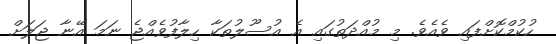
ހުކުމްކޮށްފައި ވެއެވެ. މި މުއްދަތުގައި އެ އުސޫލުތަކާ ހިލާފުވެއްޖެ ނަމަ އޭނާ ޖަލަށް